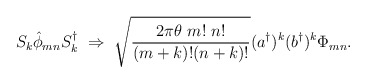
\begin{align*}S_k {\hat \phi}_{mn} S_k^\dagger \ \Rightarrow \ \sqrt{\frac{2 \pi \theta \ m! \ n!}{(m+k)!(n+k)!}}({a^\dagger})^k ({b^\dagger})^k \Phi_{mn}.\end{align*}